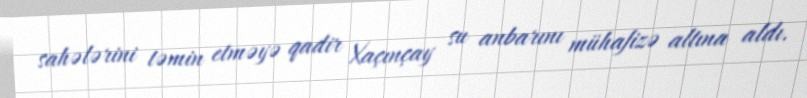
sahələrini təmin etməyə qadir Xaçınçay su anbarını mühafizə altına aldı.